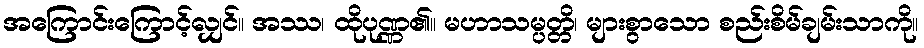
အကြောင်းကြောင့်လျှင်။ အဿ၊ ထိုပုဏ္ဏ၏။ မဟာသမ္ပတ္တိ၊ များစွာသော စည်းစိမ်ချမ်းသာကို။